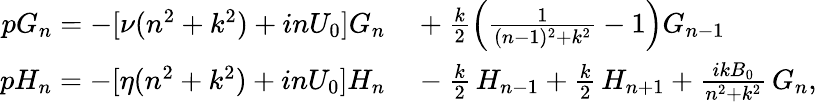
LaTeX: \begin{array}{rl}{pG_{n}=-[\nu(n^{2}+k^{2})+inU_{0}]G_{n}}&{{}+\frac{k}{2}\left(\frac{1}{(n-1)^{2}+k^{2}}-1\right)G_{n-1}}\\ {pH_{n}=-[\eta(n^{2}+k^{2})+inU_{0}]H_{n}}&{{}-\frac{k}{2}\, H_{n-1}+\frac{k}{2}\, H_{n+1}+\frac{ikB_{0}}{n^{2}+k^{2}}\, G_{n},}\end{array}